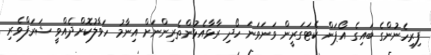
ފިރިހެނުންގެ ބައިގެ އޯޕަން ކެޓަގަރީން ވަނަވަނަ ހޯދި ރާޅާއެޅުންތެރިންނަށް އިނާމު ހަވާލުކޮށްދެއްވީ ޝަރަފްވެރި